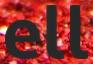
ell